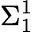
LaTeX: \Sigma_{1}^{1}